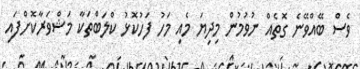
ވެސް ބޭއްވޭނެ ގޮތެއް ނުވުމުން މިދިޔަ މެއި މަހު ފަހުކޮޅު ކްލަބްތަކާ މަޝްވަރާކޮށްފައި